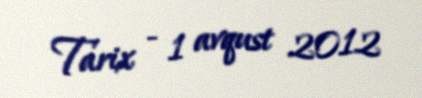
Tarix - 1 avqust 2012